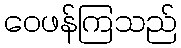
ဝေဖန်ကြသည်